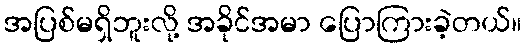
အပြစ်မရှိဘူးလို့ အခိုင်အမာ ပြောကြားခဲ့တယ်။